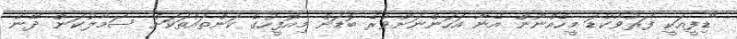
"ޑިފީއަކީ ފަރުވާކުޑަ މީހެއްނޫން އޭނާ އަހަންނަށްވުރެ ބޮޑަށް މިއޮފީހުގެ ކަންތައްތަކަށް ސަމާލުކަން ދޭނެ